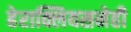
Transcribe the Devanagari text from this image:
हेराक्लियसनेही